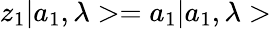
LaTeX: z_{1}|a_{1},\lambda>=a_{1}|a_{1},\lambda>